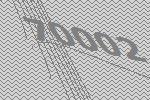
70002